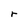
Character: r